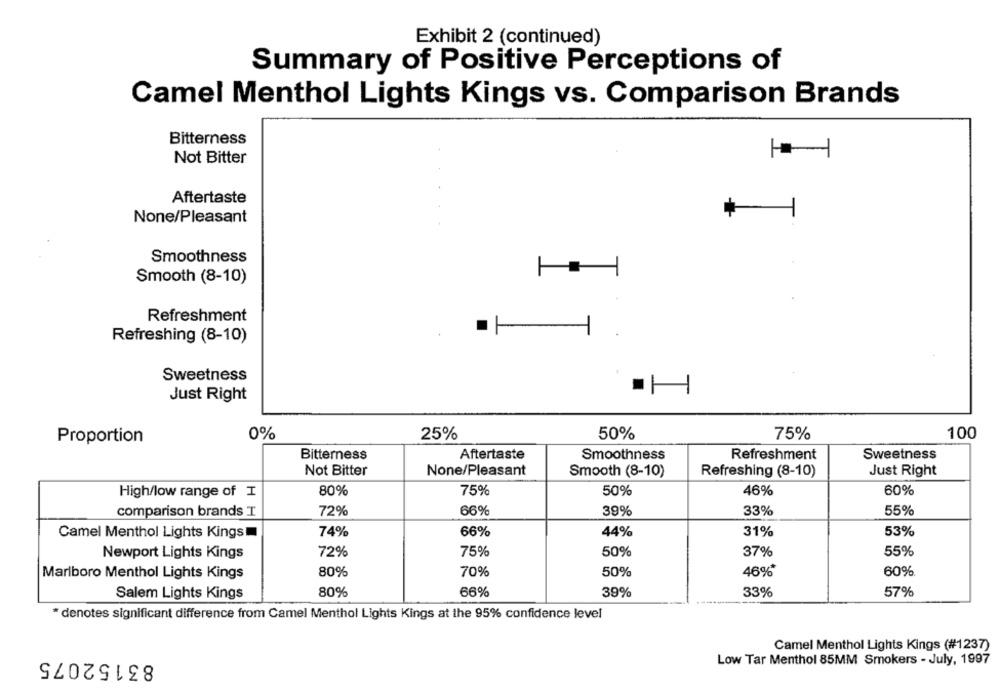
Exhibit 2 (continued)
Summary of Positive Perceptions of
Camel Menthol Lights Kings vs. Comparison Brands
Bitterness
Not Bitter
Aftertaste
None/Pleasant
Smoothness
Smooth (8-10)
Refreshment
Refreshing (8-10)
Sweetness
Just Right
0%
25%
50%
75%
100
Proportion
Bitterness
Aftertaste
Smoothness
Refreshment
Sweetness
Not Bitter
None/Pleasant
Just Right
Smooth (8-10)
Refreshing (8-10)
80%
75%
50%
60%
High/low range of I
46%
72%
66%
39%
33%
55%
comparison brands I
74%
66%
44%
31%
53%
Camel Menthol Lights Kings
72%
75%
50%
37%
55%
Newport Lights Kings
Marlboro Menthol Lights Kings
80%
70%
50%
46%*
60%
Salem Lights Kings
80%
66%
39%
33%
57%
*denotes significant difference from Camel Menthol Lights Kings at the 95% confidence level
Camel Menthol Lights Kings (#1237)
83152075
Low Tar Menthol 85MM Smokers - July, 1997